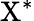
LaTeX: \mathrm{{X^{*}}}